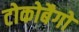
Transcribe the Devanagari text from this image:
टोकोबैगो